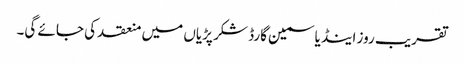
تقریب روز اینڈ یاسمین گارڈ شکر پڑیاں میں منعقد کی جائے گی۔